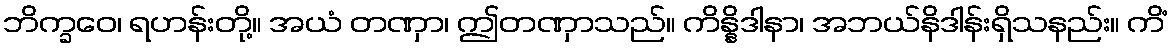
ဘိက္ခဝေ၊ ရဟန်းတို့။ အယံ တဏှာ၊ ဤတဏှာသည်။ ကိန္နိဒါနာ၊ အဘယ်နိဒါန်းရှိသနည်း။ ကိံ